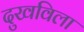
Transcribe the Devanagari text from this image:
दुखविला